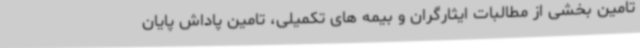
تامین بخشی از مطالبات ایثارگران و بیمه های تکمیلی، تامین پاداش پایان